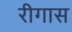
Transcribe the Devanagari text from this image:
रीगास